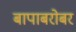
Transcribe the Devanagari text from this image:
बापाबरोबर